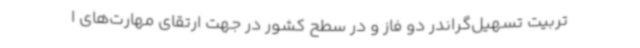
تربیت تسهیل‌گراندر دو فاز و در سطح کشور در جهت ارتقای مهارت‌های ا